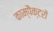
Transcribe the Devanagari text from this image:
काम्पैक्टरों